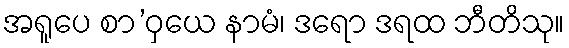
အရူပေ စာ’ဝှယေ နာမံ၊ ဒရော ဒရထ ဘီတိသု။